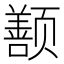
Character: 𬱱